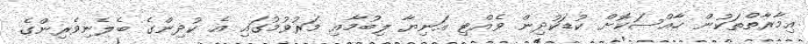
އިމާރާތްތަކުން ހާއްސަކޮށް ކުޑަކުދިން ވެއްޓި އަނިޔާ ލިބުމާއި މަރުވުމުގައި އެ ކުދިންގެ ބެލެނިވެރިންގެ